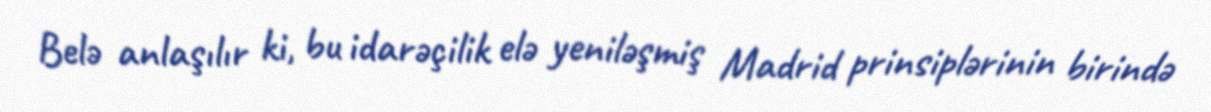
Belə anlaşılır ki, bu idarəçilik elə yeniləşmiş Madrid prinsiplərinin birində